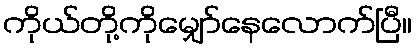
ကိုယ်တို့ကိုမျှော်နေလောက်ပြီ။